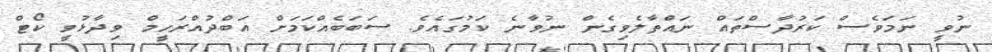
ނުވީ ނަމަވެސް ކަރުދާސްތައް ނައްތާލެވިގެން ނުވާނެ ކަމުގައެވެ. ސަބަބެއްކަމަށް އަބްދުއްރަހީމް ވިދާޅުވީ ކޯޓް